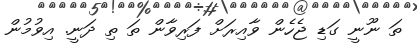
ތަ ނޫނީ ގަޑި ޖެހެން ވާއިރަށް ފަރިވާން ތަ ތި ދަނީ. އިވުމުން